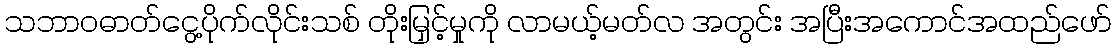
သဘာဝဓာတ်ငွေ့ပိုက်လိုင်းသစ် တိုးမြှင့်မှုကို လာမယ့်မတ်လ အတွင်း အပြီးအကောင်အထည်ဖော်